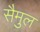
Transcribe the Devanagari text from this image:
सैमुल